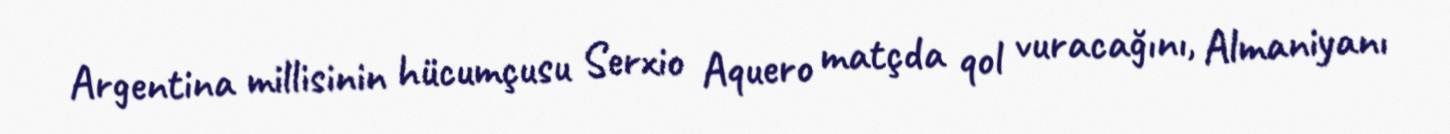
Argentina millisinin hücumçusu Serxio Aquero matçda qol vuracağını, Almaniyanı